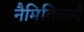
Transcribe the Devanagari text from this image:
नैमितिकर्म